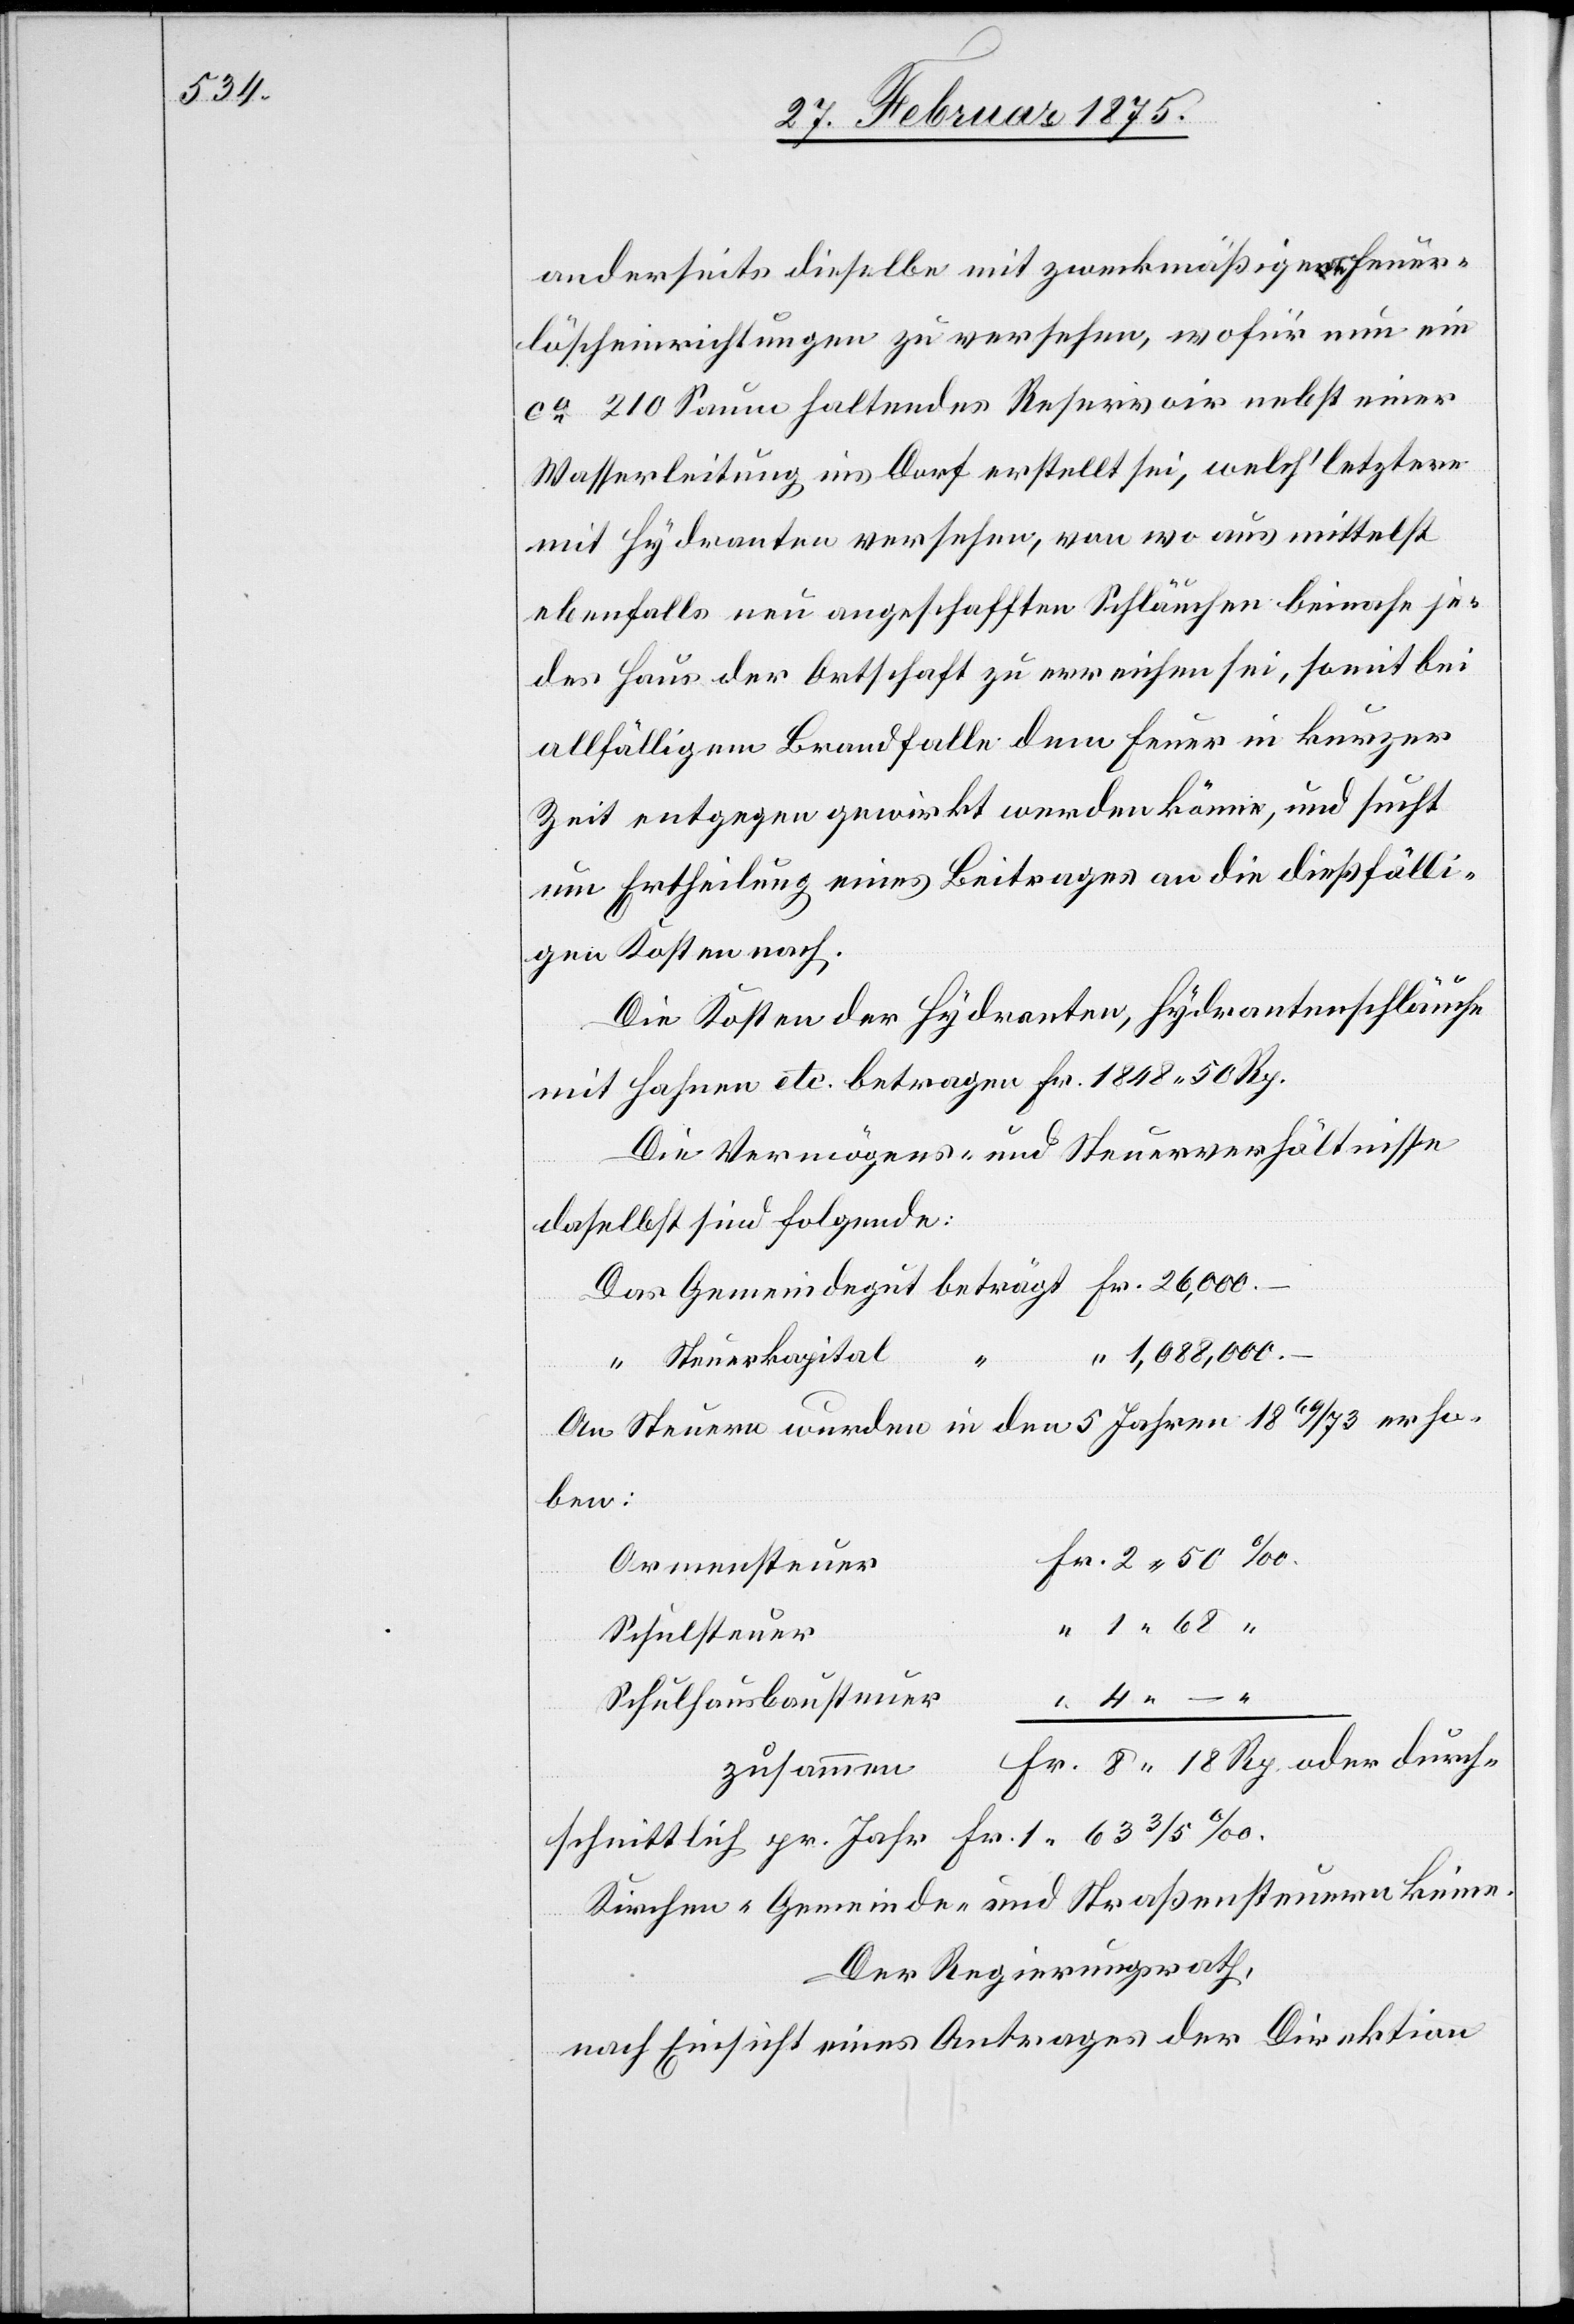
anderseits dieselbe mit zweckmäßigen Feuer¬
löscheinrichtungen zu versehen, wofür nun ein
ca 210 Saum haltendes Reservoir nebst einer
Wasserleitung ins Dorf erstellt sei, welch‘ letztere
mit Hydranten versehen, von wo aus mittelst
ebenfalls neu angeschafften Schläuchen beinahe je¬
des Haus der Ortschaft zu erreichen sei, somit bei
allfälligem Brandfalle dem Feuer in kurzer
Zeit entgegen gewirkt werden könne, und sucht
um Ertheilung eines Beitrages an die dießfälli¬
gen Kosten nach.
Die Kosten der Hydranten, Hydrantenschläuche
mit Fahnen etc. betragen Fr. 1848. 50 Rp.
Die Vermögens- und Steuerverhältnisse
daselbst sind folgende:
1,088,000. –
Steuerkaptal
An Steuern wurden in den 5 Jahren 1869/73 erho¬
ben:
Armensteuer
Schulsteuer
1. 68 “
Schulhausbausteuer
zusammen
Kirchen-[,] Gemeinde- und Straßensteuern keine.
Der Regierungsrath,
1.
nach Einsicht eines Antrages der Direktion